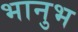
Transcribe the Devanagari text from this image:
भानुभ